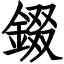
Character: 錣